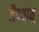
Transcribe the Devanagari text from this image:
जैववायू